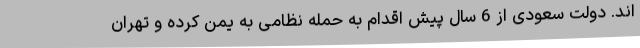
اند. دولت سعودی از 6 سال پیش اقدام به حمله نظامی به یمن کرده و تهران